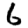
Digit: 6